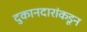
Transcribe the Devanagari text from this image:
दुकानदारांकडून